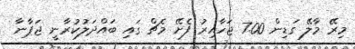
މިރޭ މާލޭ ގަޑިން 7.00 ޖަހާއިރު ފެށޭ މެޗް ގައި ބައްދަލުކުރާނީ ޖަޕާނާ